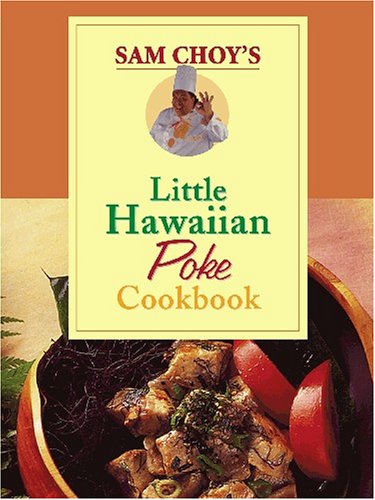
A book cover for Sam Choy's Little Hawaiian Poke Cookbook; Elizabeth Meahl; Cookbooks, Food & Wine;